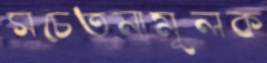
সচেতনামূলক